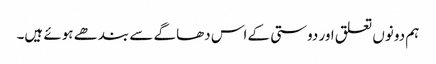
ہم دونوں تعلق اور دوستی کے اس دھاگے سے بندھے ہوئے ہیں۔